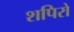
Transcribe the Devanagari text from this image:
शपिरो